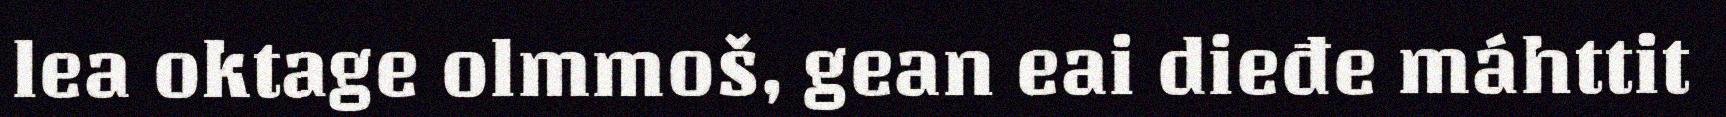
lea oktage olmmoš, gean eai dieđe máhttit